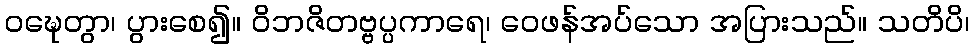
ဝဍ္ဎေတွာ၊ ပွားစေ၍။ ဝိဘဇိတဗ္ဗပ္ပကာရေ၊ ဝေဖန်အပ်သော အပြားသည်။ သတိပိ၊